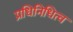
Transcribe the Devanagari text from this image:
प्रधिनिधित्व